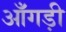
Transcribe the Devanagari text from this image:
आँगड़ी